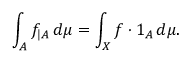
\int _ { A } f _ { | A } \, d \mu = \int _ { X } f \cdot 1 _ { A } \, d \mu .